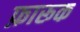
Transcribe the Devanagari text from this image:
फ़ारूक